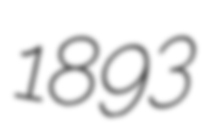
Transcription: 1893